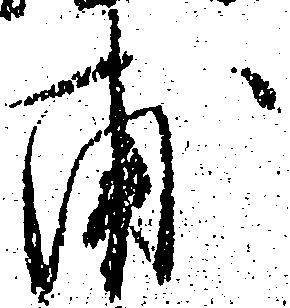
甫